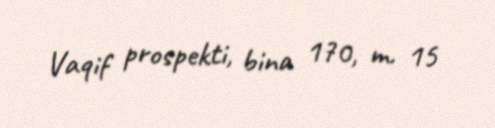
Vaqif prospekti, bina 170, m. 15